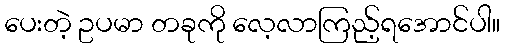
ပေးတဲ့ ဥပမာ တခုကို လေ့လာကြည့်ရအောင်ပါ။